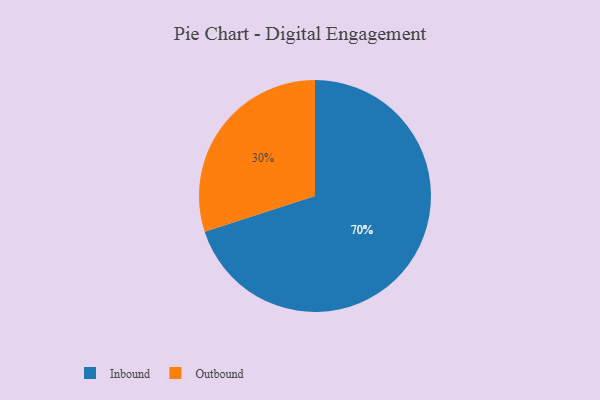
{"axis": {"x": "Category", "y": "Percentage"}, "legend": ["Inbound", "Outbound"], "data": [{"x": "Inbound", "y": 70, "type": "Inbound"}, {"x": "Outbound", "y": 30, "type": "Outbound"}]}